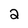
Character: 2